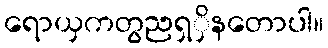
ရောယှကတွညရှှိနတောပါ။